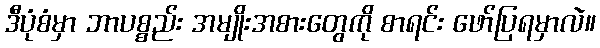
ဒီပုံစံမှာ ဘာပစ္စည်း အမျိုးအစားတွေကို စာရင်း ဖော်ပြရမှာလဲ။